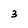
Character: 3